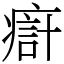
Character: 㾵